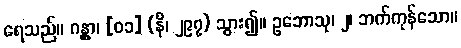
ရေသည်။ ဂန္တွာ၊ [၀၁] (နိ၊ ၂၉၇) သွား၍။ ဥဘောသု၊ ၂၊ ဘက်ကုန်သော။